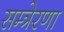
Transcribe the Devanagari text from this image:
सम्त्रेरणा